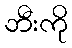
ဘီးကို